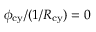
\phi _ { \mathrm { c y } } / ( 1 / R _ { \mathrm { c y } } ) = 0